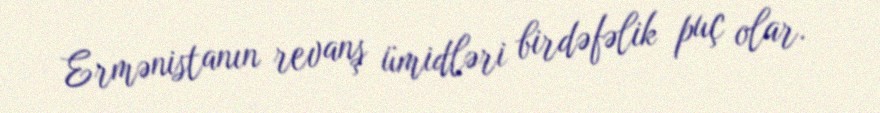
Ermənistanın revanş ümidləri birdəfəlik puç olar.